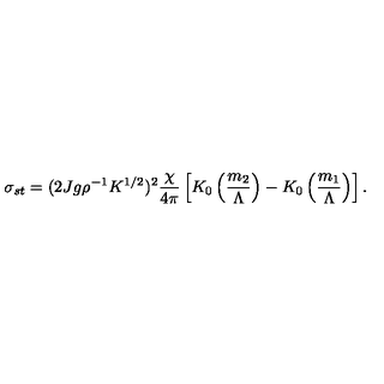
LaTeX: \sigma _ { s t } = ( 2 J g \rho ^ { - 1 } K ^ { 1 / 2 } ) ^ { 2 } { \frac { \chi } { 4 \pi } } \left[ K _ { 0 } \left( { \frac { m _ { 2 } } { \Lambda } } \right) - K _ { 0 } \left( { \frac { m _ { 1 } } { \Lambda } } \right) \right] .